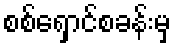
စစ်ရှောင်စခန်းမှ